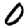
Digit: 0